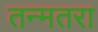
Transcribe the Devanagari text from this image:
तन्मतरा